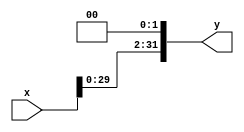
`timescale 1ns/1ns

module sl2(input [31:0] x,output [31:0] y);
            
assign y = x << 2;

endmodule